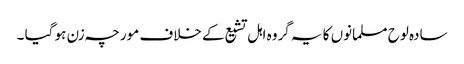
سادہ لوح مسلمانوں کا یہ گروہ اہل تشیع کے خلاف مورچہ زن ہو گیا ۔